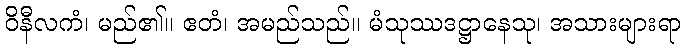
ဝိနီလကံ၊ မည်၏။ ဧတံ၊ အမည်သည်။ မံသုဿဒဋ္ဌာနေသု၊ အသားများရာ